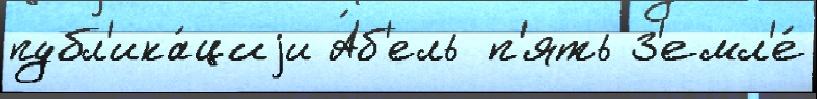
публ'ика́циjи А́б'ель п'ять З'емл'е́